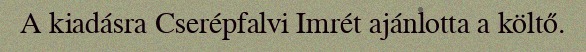
A kiadásra Cserépfalvi Imrét ajánlotta a költő.